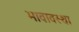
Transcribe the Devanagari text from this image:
भावावस्था